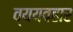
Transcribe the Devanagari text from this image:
व्ययवहार